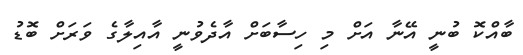
ބާއްކޮ ބުނީ އޭނާ އަށް މި ހިސާބަށް އާދެވުނީ އާއިލާގެ ވަރަށް ބޮޑު